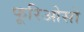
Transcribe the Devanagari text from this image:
फूरिओसो